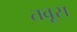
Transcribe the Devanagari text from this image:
तवूस